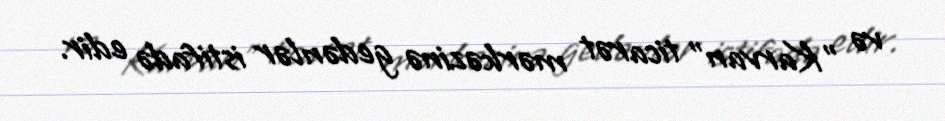
və "Karvan" ticarət mərkəzinə gedənlər istifadə edir.